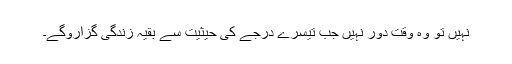
نہیں تو وہ وقت دور نہیں جب تیسرے درجے کی حیثیت سے بقیہ زندگی گزاروگے۔